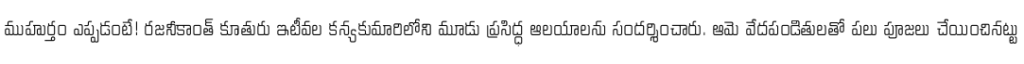
ముహుర్తం ఎప్పడంటే! రజనీకాంత్ కూతురు ఇటీవల కన్యకుమారిలోని మూడు ప్రసిద్ధ ఆలయాలను సందర్శించారు. ఆమె వేదపండితులతో పలు పూజలు చేయించినట్టు